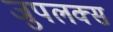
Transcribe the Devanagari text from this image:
जुपलक्स